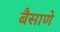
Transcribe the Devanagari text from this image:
बैसाणे